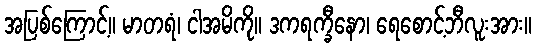
အပြစ်ကြောင့်။ မာတရံ၊ ငါအမိကို။ ဒကရက္ခီနော၊ ရေစောင့်ဘီလူးအား။